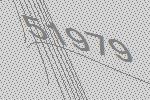
51979